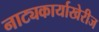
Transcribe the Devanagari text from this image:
नाट्यकार्याखेरीज